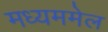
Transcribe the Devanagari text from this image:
मध्यममेल